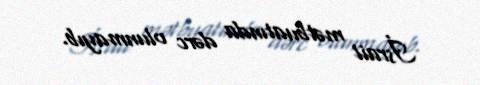
İsrail mətbuatında dərc olunmayıb.